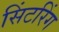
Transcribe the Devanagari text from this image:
सिंटरिंग